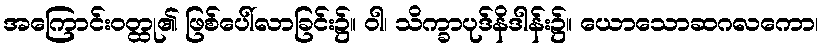
အကြောင်းဝတ္ထု၏ ဖြစ်ပေါ်လာခြင်း၌။ ဝါ၊ သိက္ခာပုဒ်နိဒါန်း၌။ ယောသောဆဂလကော၊